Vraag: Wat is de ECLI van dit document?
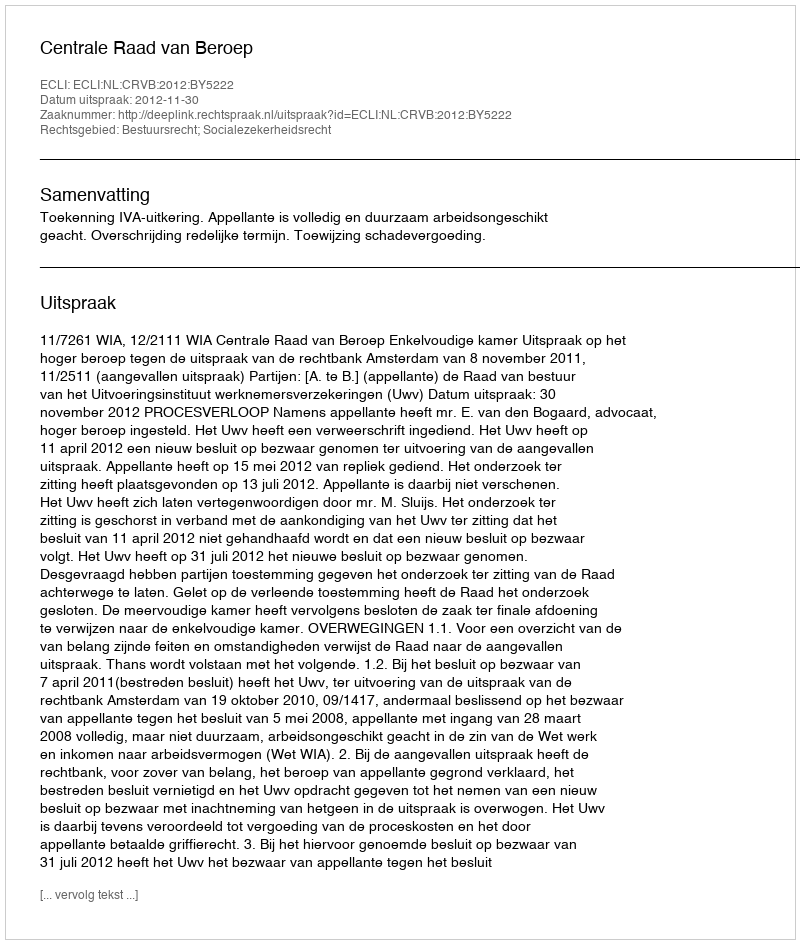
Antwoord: ECLI:NL:CRVB:2012:BY5222